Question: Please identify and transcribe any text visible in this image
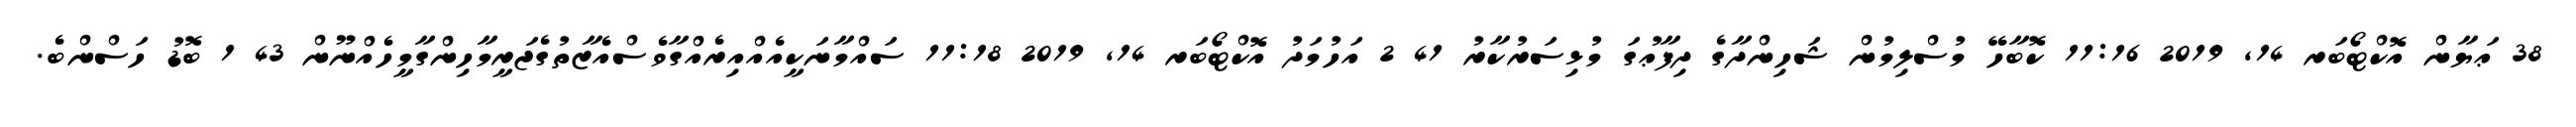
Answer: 38 ޢަޔާން އޮކްޓޯބަރ 14, 2019 11:16 ކޮބާހޭ މުސްލިމުން ޝަހިންދާގެ ދިފާޢުގަ މުޅިސަރުކާރު 41 2 އަހުމަދު އޮކްޓޯބަރ 14, 2019 11:18 ސައްމާނަކީއެއްއިރެއްގާވެސްއެޒާތުގެޖަރީމާހިންގާމީހެއްނޫން 43 1 ބޮޑު ހަސްންބެ.